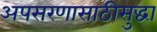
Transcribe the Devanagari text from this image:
अपसरणासाठीसुद्धा